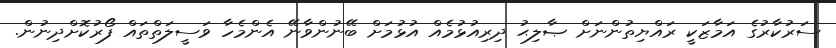
ސަރުކާރުގެ އަމާޒަކީ ރައްޔިތުންނަށް ޞާލިޙު ދިރިއުޅުމެއް އުޅުމަށް ބޭނުންވާނޭ އެންމެހާ ވަސީލަތްތައް ފޯރުކޮށްދިނުން.